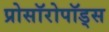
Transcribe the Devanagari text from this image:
प्रोसॉरोपॉड्स